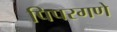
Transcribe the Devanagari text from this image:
पिपरगणे